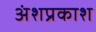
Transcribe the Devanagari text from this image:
अंशप्रकाश